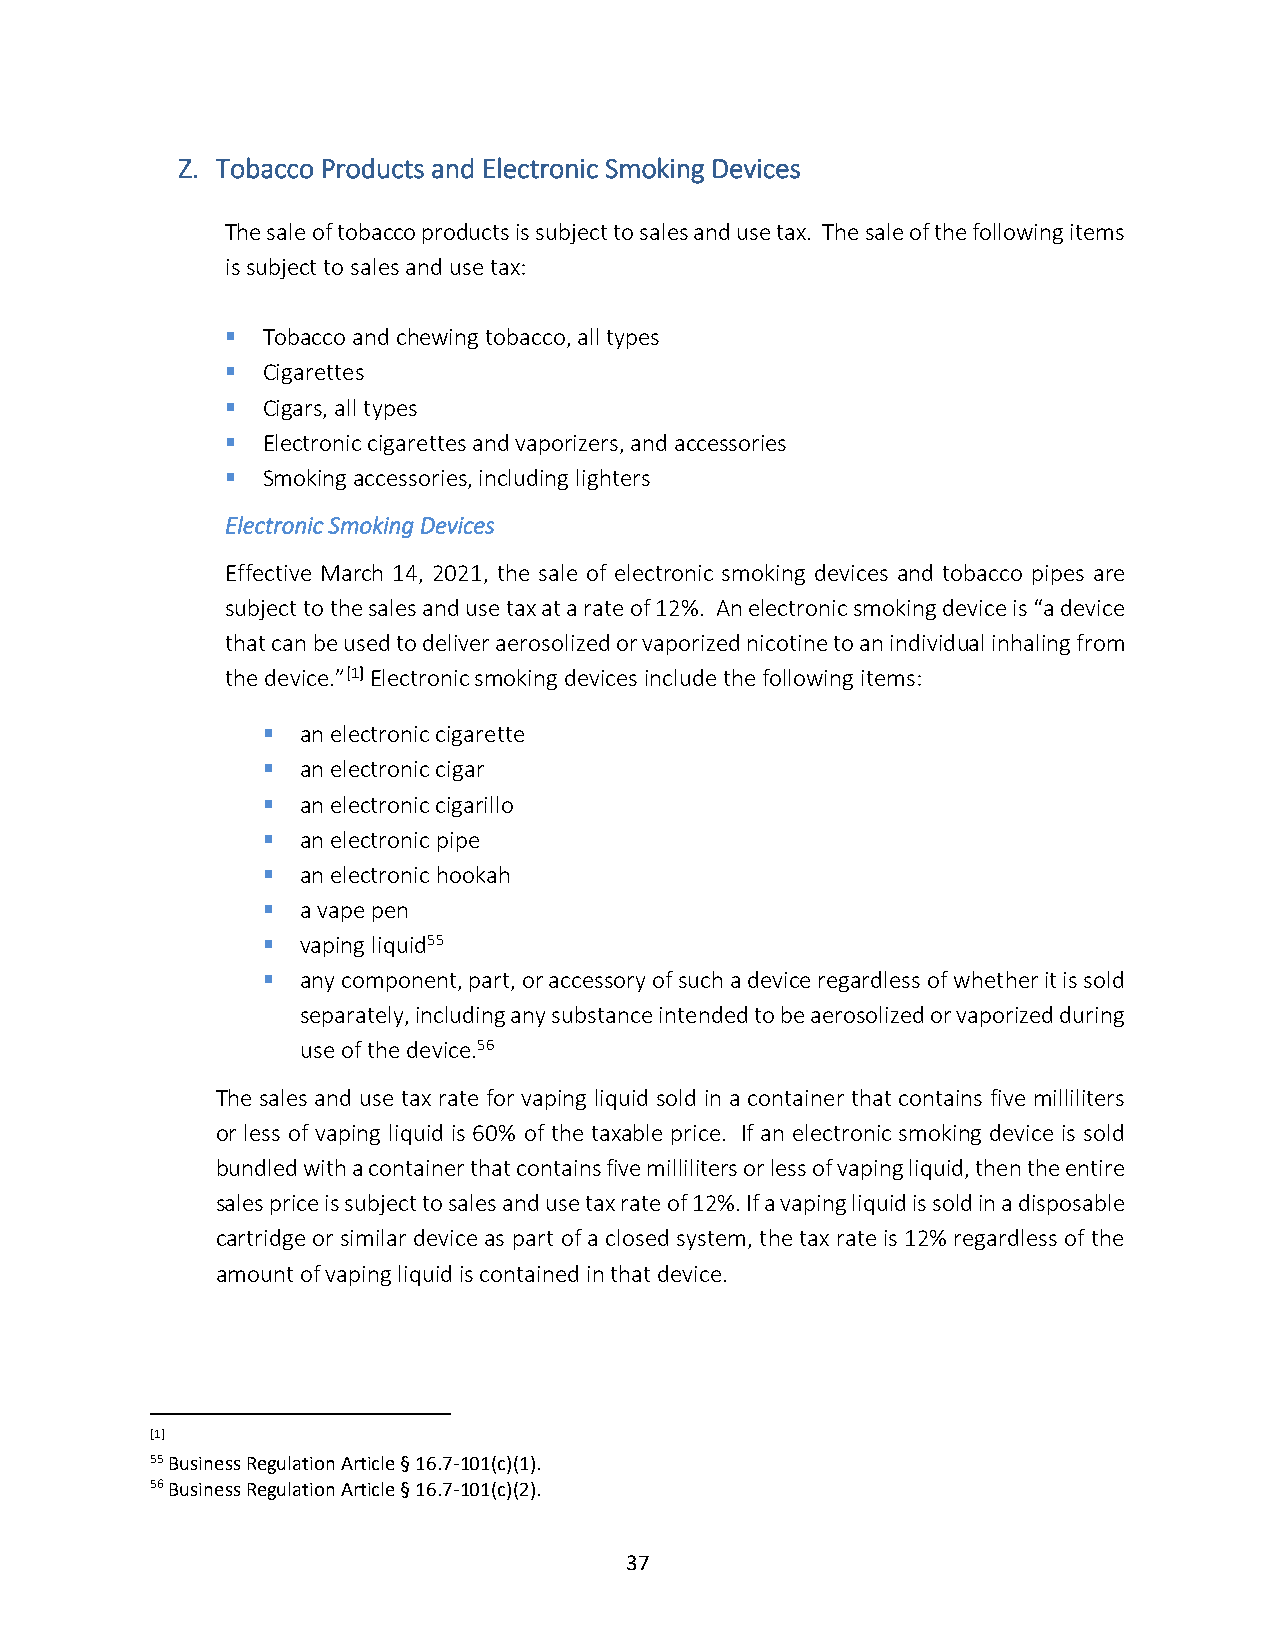
Z. Tobacco Products and Electronic Smoking Devices
 The sale of tobacco products is subject to sales and use tax. The sale of the following items
 is subject to sales and use tax:
 ▪ Tobacco and chewing tobacco, all types
 ▪ Cigarettes
 ▪ Cigars, all types
 ▪ Electronic cigarettes and vaporizers, and accessories
 ▪ Smoking accessories, including lighters
 Electronic Smoking Devices
 Effective March 14, 2021, the sale of electronic smoking devices and tobacco pipes are
 subject to the sales and use tax at a rate of 12%. An electronic smoking device is “a device
 that can be used to deliver aerosolized or vaporized nicotine to an individual inhaling from
 the device.”[1] Electronic smoking devices include the following items:
 ▪  an electronic cigarette
 ▪  an electronic cigar
 ▪  an electronic cigarillo
 ▪  an electronic pipe
 ▪  an electronic hookah
 ▪  a vape pen
 ▪  vaping liquid55
 ▪  any component, part, or accessory of such a device regardless of whether it is sold
 separately, including any substance intended to be aerosolized or vaporized during
 use of the device.56
 The sales and use tax rate for vaping liquid sold in a container that contains five milliliters
 or less of vaping liquid is 60% of the taxable price. If an electronic smoking device is sold
 bundled with a container that contains five milliliters or less of vaping liquid, then the entire
 sales price is subject to sales and use tax rate of 12%. If a vaping liquid is sold in a disposable
 cartridge or similar device as part of a closed system, the tax rate is 12% regardless of the
 amount of vaping liquid is contained in that device.
 [1]
 55 Business Regulation Article § 16.7-101(c)(1).
 56 Business Regulation Article § 16.7-101(c)(2).
 37